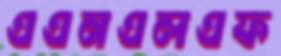
এএনএলএফ